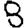
Digit: 8